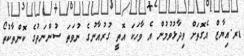
ޑރ.އިޔާޒް އެގޮތަށް ވިދާޅުވުމުން އެ ވާހަކަ އޮތީ ގުރުއާނުގެ ނުވަތަ ސުންނަތުގެ ކޮންތާކުތޯ